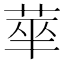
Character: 𬜻